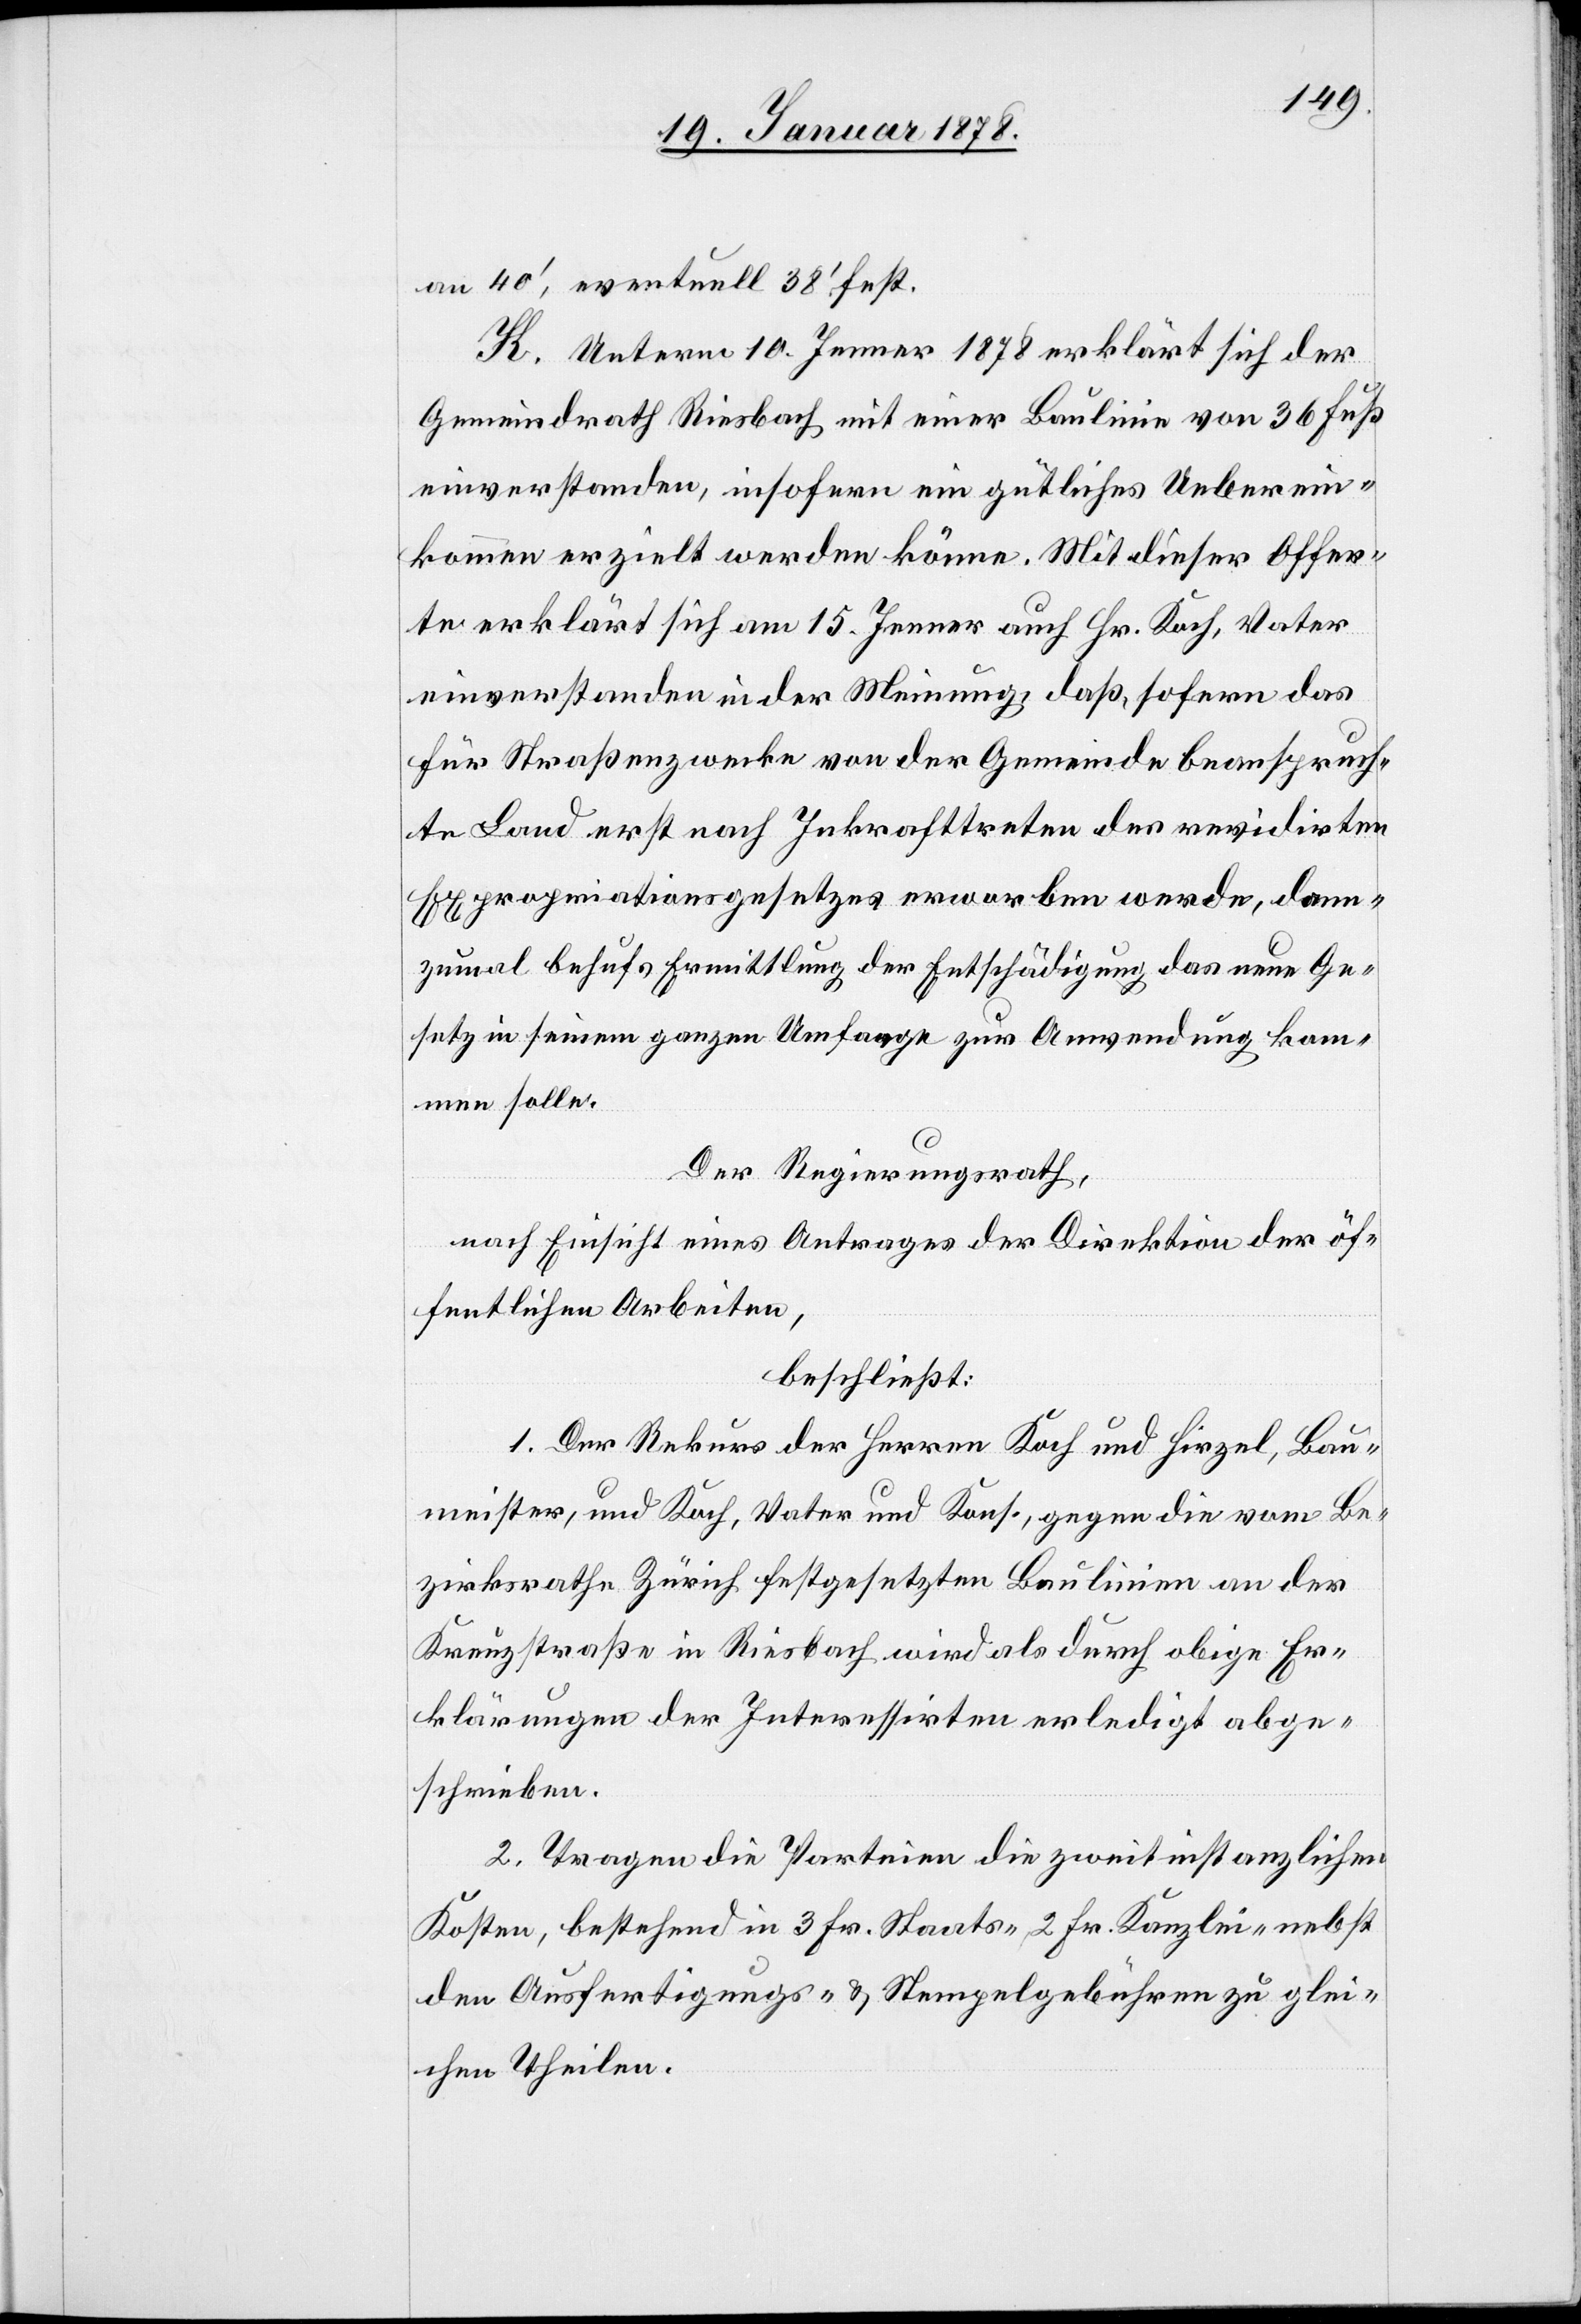
an 40’, eventuell 38’ fest.
K. Unterm 10. Jenner 1878 erklärt sich der
Gemeindrath Riesbach mit einer Baulinie von 36 Fuß
einverstanden, insofern ein gütliches Ueberein¬
kommen erzielt werden könne. Mit dieser Offer¬
te erklärt sich am 15. Jenner auch Hr. Koch, Vater
einverstanden in der Meinung, daß, sofern das
für Straßenzwecke von der Gemeinde beanspruch¬
te Land erst nach Inkrafttreten der revidirten
Expropriationsgesetzes erworben werde, dann¬
zumal behufs Ermittlung der Entschädigung das neue Ge¬
setz in seinem ganzen Umfange zur Anwendung kom¬
men solle.
Der Regierungsrath,
nach Einsicht eines Antrages der Direktion der öf¬
fentlichen Arbeiten,
beschließt:
1. Der Rekurs der Herren Koch und Hirzel, Bau¬
meister, und Koch, Vater und Kons. gegen die vom Be¬
zirksrathe Zürich festgesetzten Baulinien an der
Kreuzstraße in Riesbach wird als durch obige Er¬
klärungen der Interessirten erledigt abge¬
schrieben.
2. Tragen die Parteien die zweitinstanzlichen
Kosten, bestehend in 3 Fr. Staats-, 2 Fr. Kanzlei- nebst
den Ausfertigungs- & Stempelgebühren zu glei¬
chen Theilen.